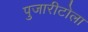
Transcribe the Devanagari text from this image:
पुजारीटोला